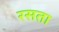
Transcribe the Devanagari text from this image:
रसता